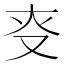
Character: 𠬲